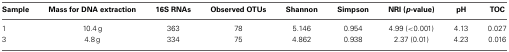
| Sample | Mass for DNA extraction | 16S RNAs | Observed OTUs | Shannon | Simpson | NRI (p-value) | pH | TOC |
 | --- | --- | --- | --- | --- | --- | --- | --- | --- |
 | 1 | 10.4 g | 363 | 78 | 5.146 | 0.954 | 4.99 (<0.001) | 4.13 | 0.027 |
 | 3 | 4.8 g | 334 | 75 | 4.862 | 0.938 | 2.37 (0.01) | 4.23 | 0.016 |